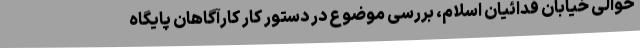
حوالی خیابان فدائیان اسلام، بررسی موضوع در دستور کار کارآگاهان پایگاه